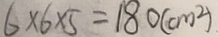
6 \times 6 \times 5 = 1 8 0 ( c m ^ { 2 } )